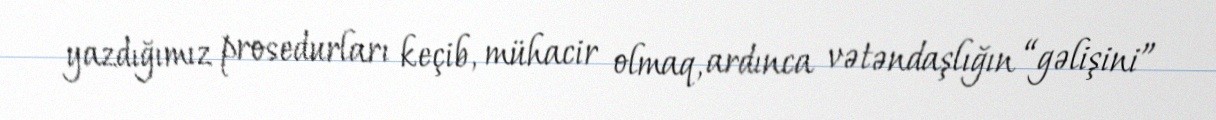
yazdığımız prosedurları keçib, mühacir olmaq, ardınca vətəndaşlığın “gəlişini”